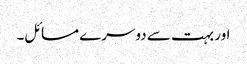
اور بہت سے دوسرے مسائل۔